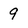
Character: 9